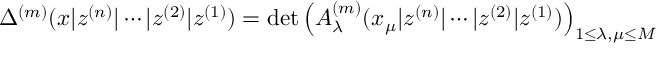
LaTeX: \Delta ^ { ( m ) } ( x | z ^ { ( n ) } | \cdots | z ^ { ( 2 ) } | z ^ { ( 1 ) } ) = \operatorname * { d e t } \left( A _ { \lambda } ^ { ( m ) } ( x _ { \mu } | z ^ { ( n ) } | \cdots | z ^ { ( 2 ) } | z ^ { ( 1 ) } ) \right) _ { 1 \leq \lambda , \mu \leq M }